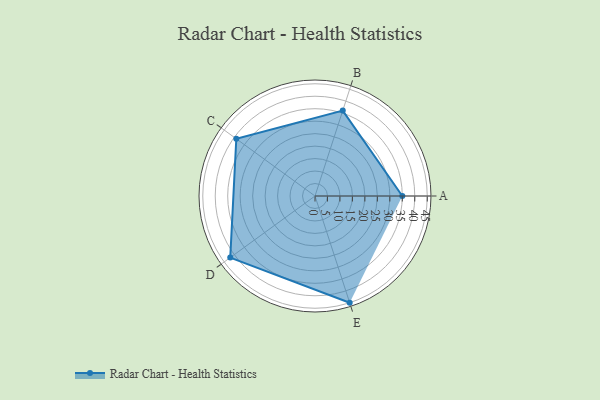
{"axis": {"x": "Skill", "y": "Score"}, "legend": ["Profile"], "data": [{"x": "A", "y": 35.0, "type": "Profile"}, {"x": "B", "y": 36.0, "type": "Profile"}, {"x": "C", "y": 39.0, "type": "Profile"}, {"x": "D", "y": 42.0, "type": "Profile"}, {"x": "E", "y": 45.0, "type": "Profile"}]}